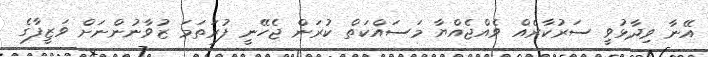
އޭނާ ވިދާޅުވިީ ސަރުކާރެއް ވެއްޖެއްޔާ މަސައްކަތް ކުރަން ޖެހޭނީ ފުރަތަމަ ޒުވާނުންނަށް ވަޒީފާގެ